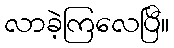
လာခဲ့ကြလေပြီ။